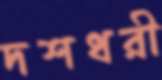
দশধরী